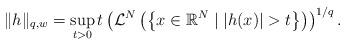
LaTeX: \begin{align*}\|h\|_{q,w} = \sup_{t>0} t \left(\mathcal{L}^N \left( \left\{ x \in \mathbb{R}^N \mid |h(x)| > t \right\} \right) \right)^{1/q}.\end{align*}